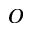
^ O